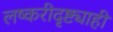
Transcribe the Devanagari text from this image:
लष्करीदृष्ट्याही